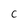
Character: c